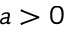
a > 0